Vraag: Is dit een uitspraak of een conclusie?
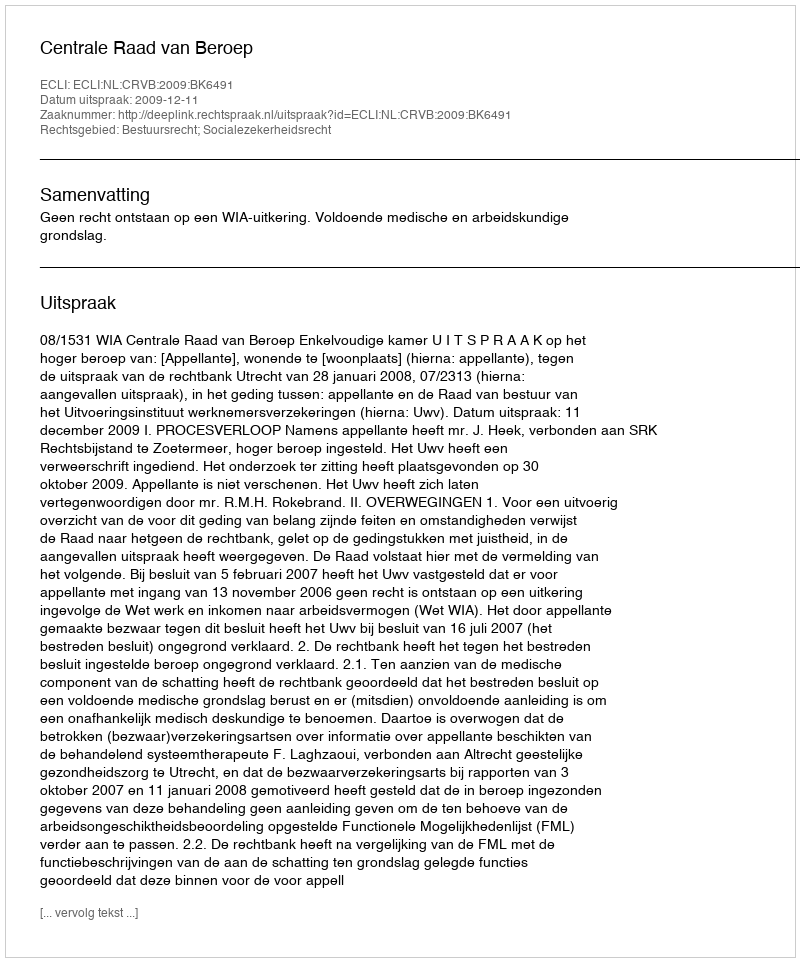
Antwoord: Uitspraak